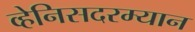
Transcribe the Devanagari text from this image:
व्हेनिसदरम्यान